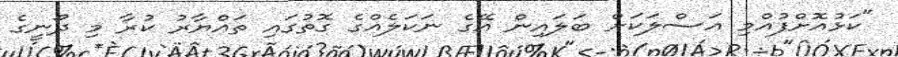
"ކަޅުއޮށްފުއްމި އަސްލަކަށް ބަަލައިން އޭގެ ނަކަލެއްގެ ގޮތުގައި ތައްޔާރު ކުރާ މި ދޯނީގެ